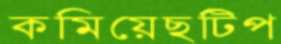
কমিয়েছটিপ